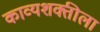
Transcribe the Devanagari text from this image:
काव्यशक्तीला